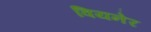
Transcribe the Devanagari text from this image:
वियनेर